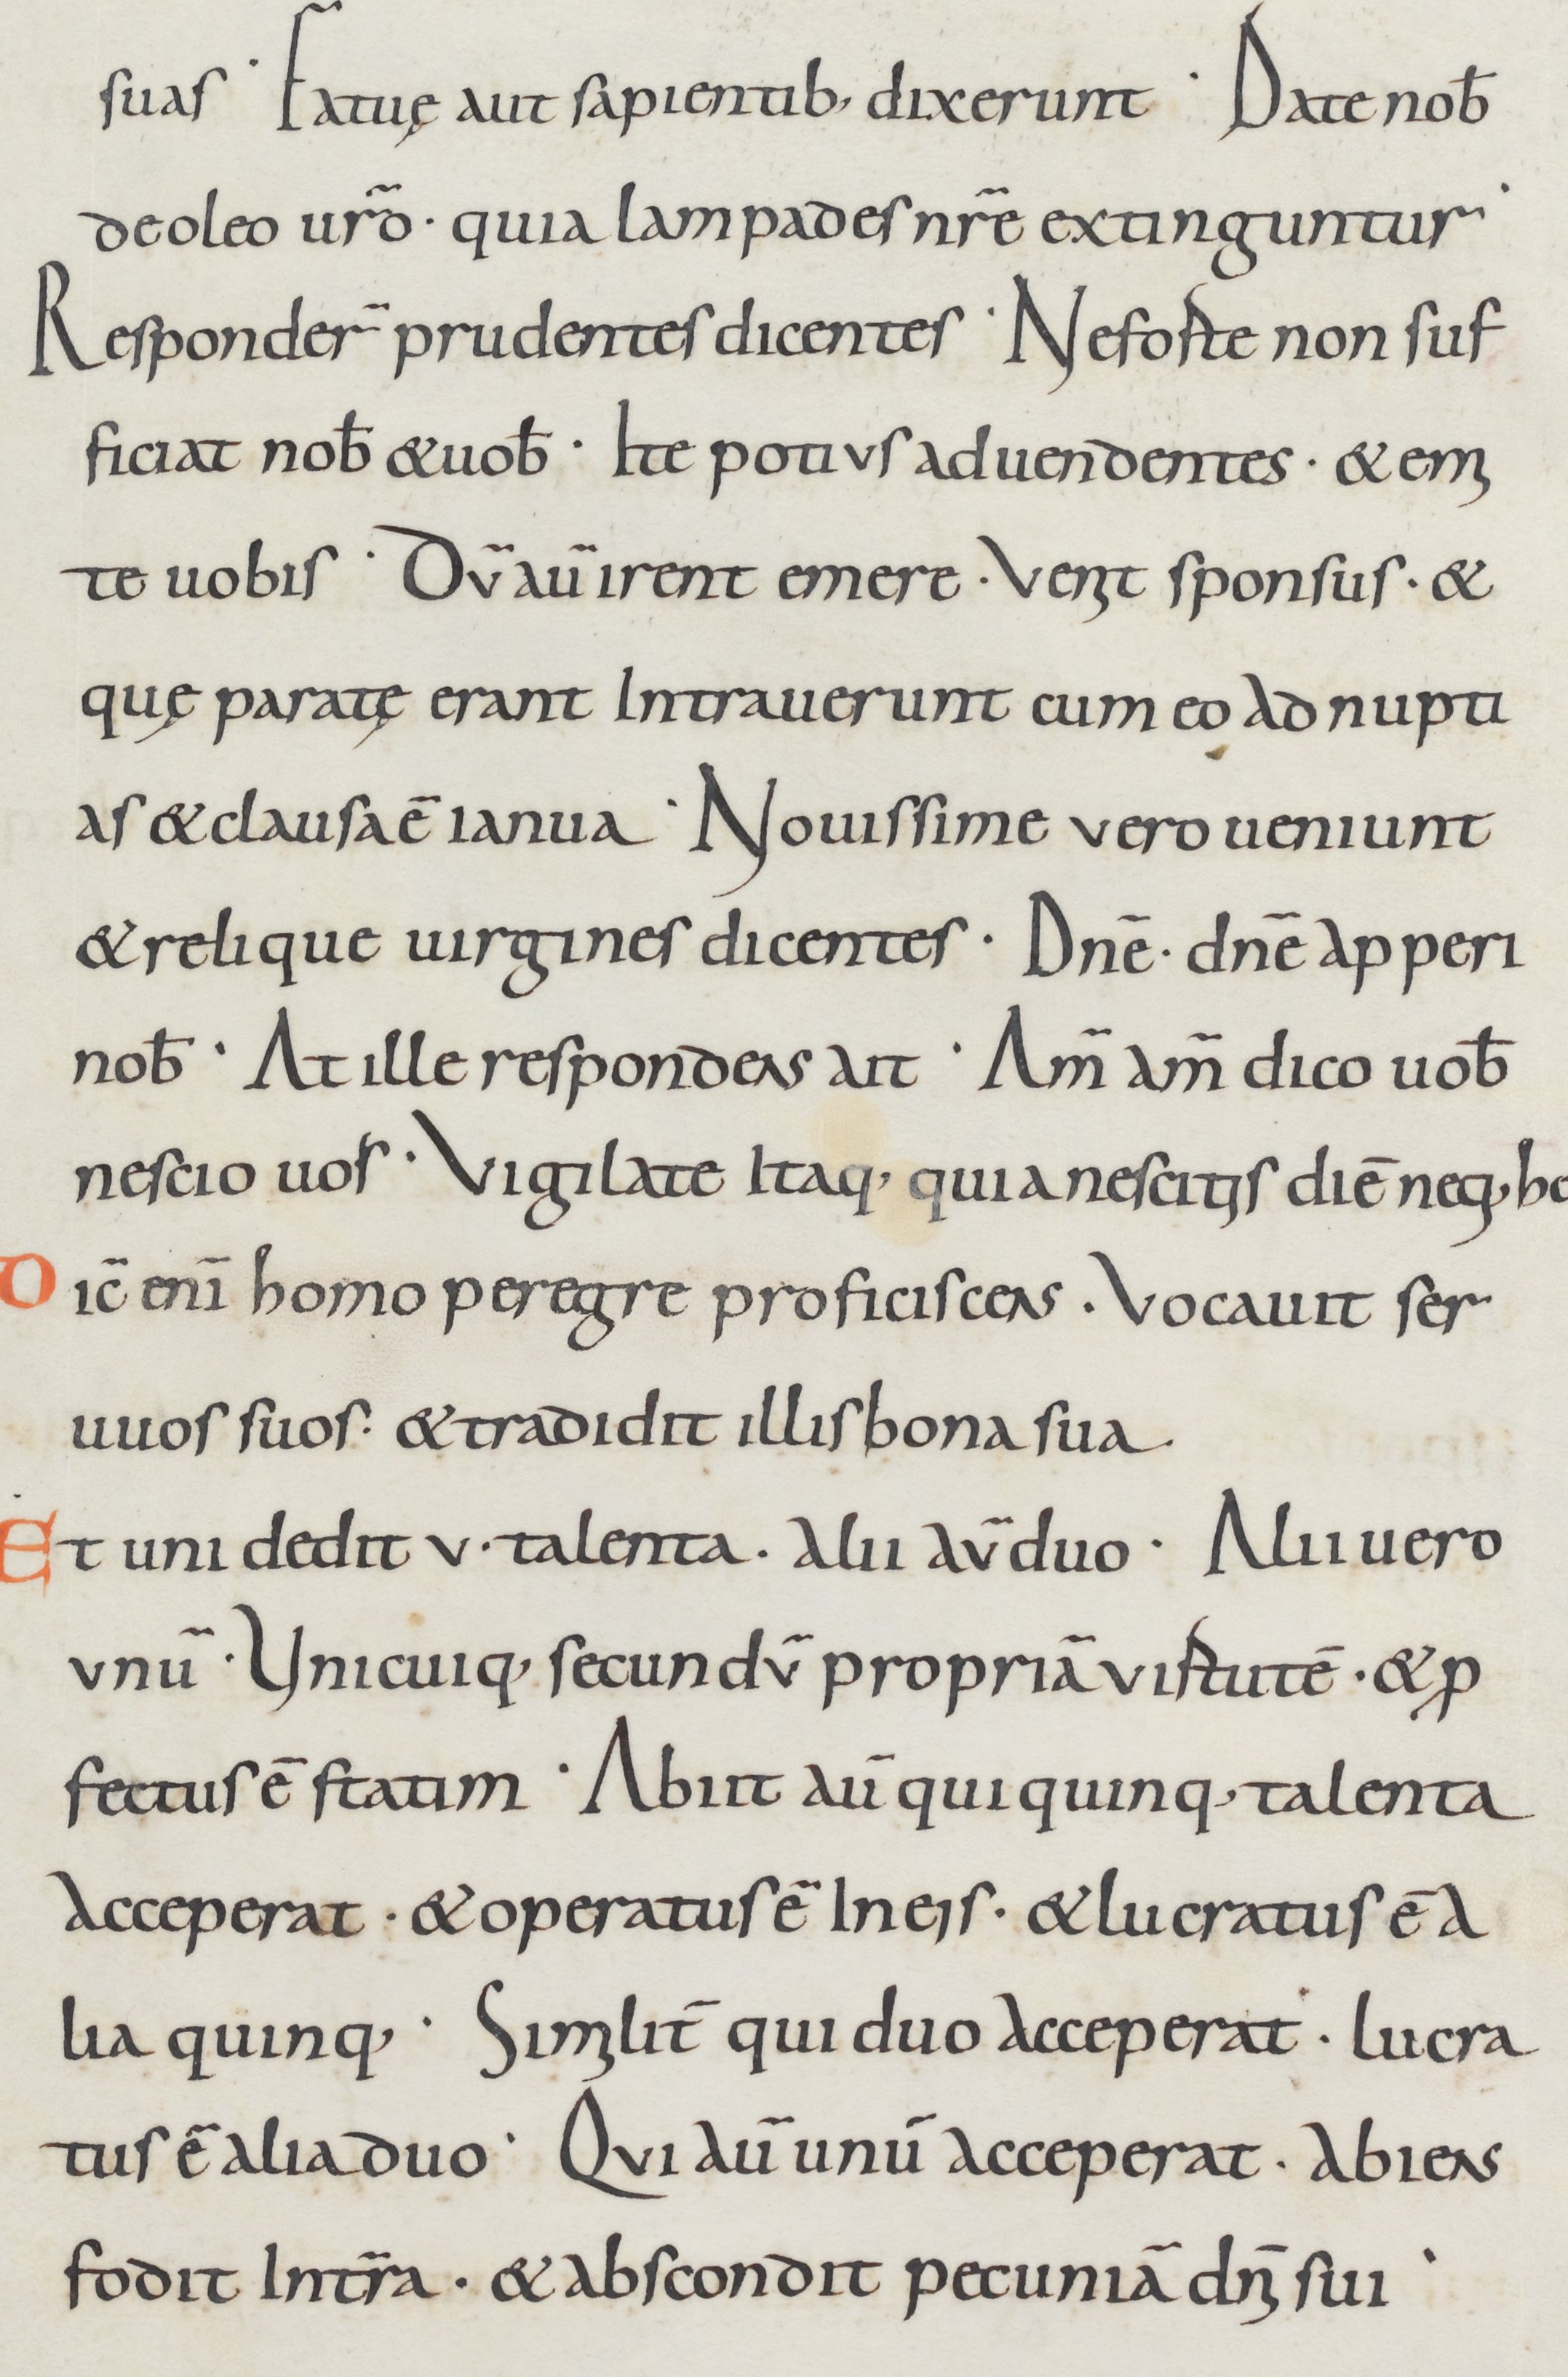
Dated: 800–999